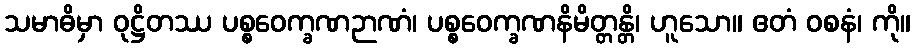
သမာဓိမှာ ဝုဋ္ဌိတဿ ပစ္စဝေက္ခဏဉာဏံ၊ ပစ္စဝေက္ခဏနိမိတ္တန္တိ၊ ဟူသော။ ဧတံ ဝစနံ၊ ကို။